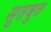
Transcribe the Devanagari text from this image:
सुतबुत